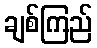
ချစ်ကြည်